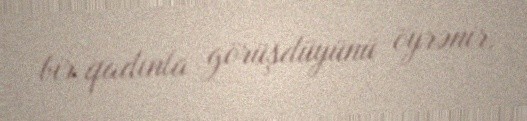
bir qadınla görüşdüyünü öyrənir.